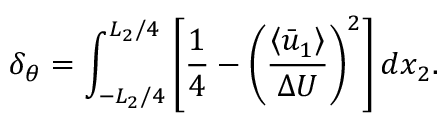
{ \delta _ { \theta } } = \int _ { - { L _ { 2 } } / 4 } ^ { { L _ { 2 } } / 4 } { \left[ { \frac { 1 } { 4 } - { { \left( { \frac { { \left\langle { { { \bar { u } } _ { 1 } } } \right\rangle } } { { \Delta U } } } \right) } ^ { 2 } } } \right] d { x _ { 2 } } } .